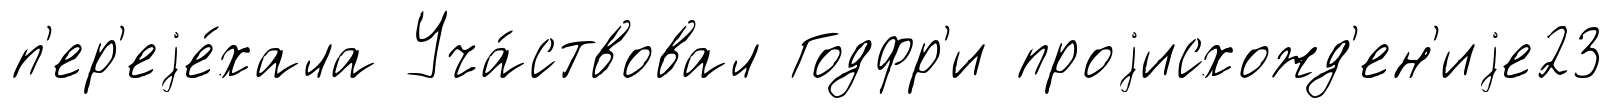
п'ер'еjе́хала Уча́ствовал Годфр'и проjисхожд'ен'иjе23